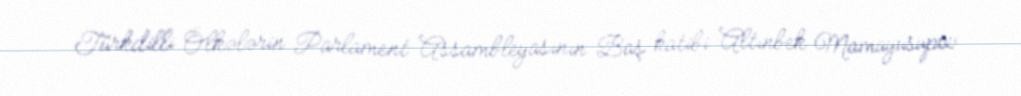
Türkdilli Ölkələrin Parlament Assambleyasının Baş katibi Altınbek Mamayusupov